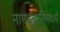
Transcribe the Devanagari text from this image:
नागप्रजातिमध्ये